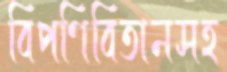
বিপণিবিতানসহ